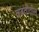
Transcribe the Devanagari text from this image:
लढतीतील